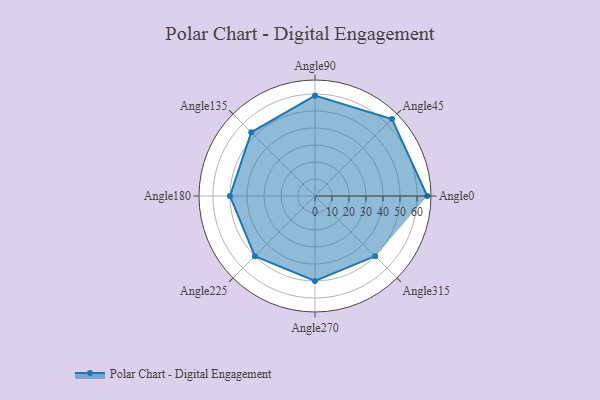
{"axis": {"x": "Angle", "y": "Radius"}, "legend": [""], "data": [{"x": "Angle0", "y": 66.0, "type": ""}, {"x": "Angle45", "y": 64.0, "type": ""}, {"x": "Angle90", "y": 59.0, "type": ""}, {"x": "Angle135", "y": 53.0, "type": ""}, {"x": "Angle180", "y": 50, "type": ""}, {"x": "Angle225", "y": 50, "type": ""}, {"x": "Angle270", "y": 50, "type": ""}, {"x": "Angle315", "y": 50, "type": ""}]}